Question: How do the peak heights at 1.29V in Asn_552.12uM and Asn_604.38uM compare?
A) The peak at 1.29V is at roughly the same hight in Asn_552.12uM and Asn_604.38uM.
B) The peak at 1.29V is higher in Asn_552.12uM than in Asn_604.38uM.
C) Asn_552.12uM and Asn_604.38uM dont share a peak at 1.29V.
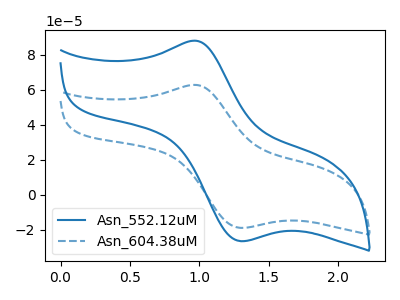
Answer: <think>The blue curve "Asn_552.12uM" has an anodic peak at (0.95V, 88.10uA) and a cathodic peak at (1.30V, -26.50uA). The blue dashed curve "Asn_604.38uM" has an anodic peak at (0.95V, 62.85uA) and a cathodic peak at (1.30V, -18.90uA).</think>
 <answer>B) The peak at 1.29V is higher in "Asn_552.12uM" than in "Asn_604.38uM".</answer>
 <eval>B</eval>